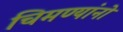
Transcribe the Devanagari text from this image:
चिमण्यांनो